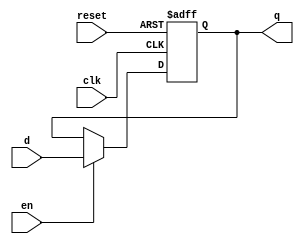
module register_32bits(q, d, clk, en, reset);
	input [31:0] d;
	input clk, en, reset;
  	output reg [31:0] q;
  
  	initial
     	begin
       	     q = 32'h00000000;
        end
	always @(posedge clk or posedge reset) begin
     	     if (reset) begin
                  q <= 32'h00000000;
     	     end
     	     else if (en) begin
                  q <= d;
     	     end
        end
endmodule